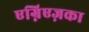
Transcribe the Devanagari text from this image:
एग्निएज़का